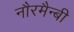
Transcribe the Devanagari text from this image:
नौरमैन्बी